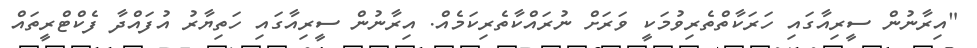
"އިރާނުން ސީރިއާގައި ހަރަކާތްތެރިވުމަކީ ވަރަށް ނުރައްކާތެރިކަމެެއް. އިރާނުން ސީރިއާގައި ހަތިޔާރު އުފައްދާ ފެކްޓްރީތައް